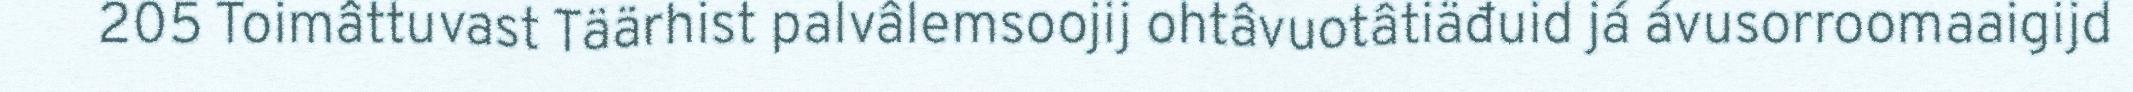
205 Toimâttuvast Täärhist palvâlemsoojij ohtâvuotâtiäđuid já ávusorroomaaigijd